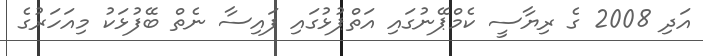
އަދި 2008 ގެ ރިޔާސީ ކެމްޕޭނުގައި އަތްޕުޅުގައި ފައިސާ ނެތް ބޭފުޅަކު މިއަހަރުގެ